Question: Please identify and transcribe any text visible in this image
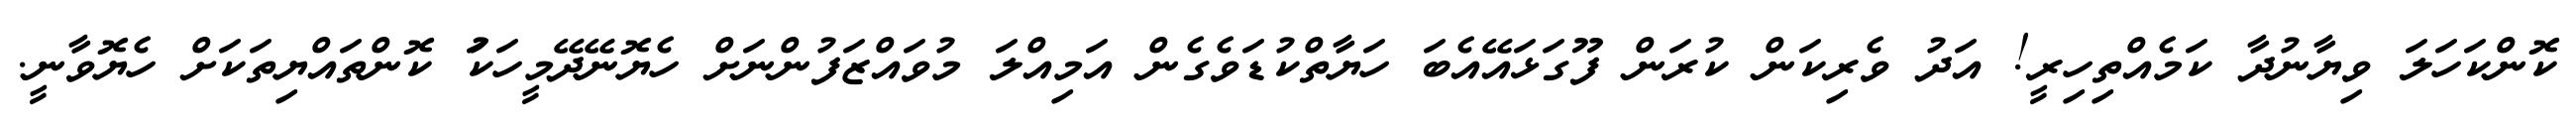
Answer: ކޮންކަހަލަ ވިޔާނުދާ ކަމެއްތިހިރީ! އަދު ވެރިކަން ކުރަން ފޫގަޅައޭއެބަ ހަޔާތްކުޑަވެގެން އަމިއްލަ މުވައްޒަފުންނަށް ހެޔޮނޭދޭމީހަކަު ކޮންތައްޔިތަކަށް ހެޔޮވާނީ.